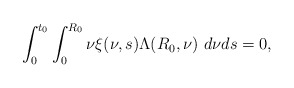
\begin{align*} \int_{0}^{t_{0}}\int_{0}^{R_{0}}\nu\xi(\nu,s)\Lambda(R_{0},\nu)\ d\nu ds=0, \end{align*}